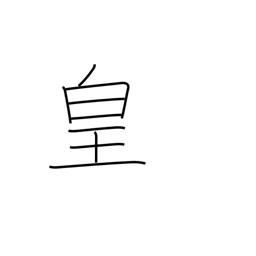
Meaning: emperor